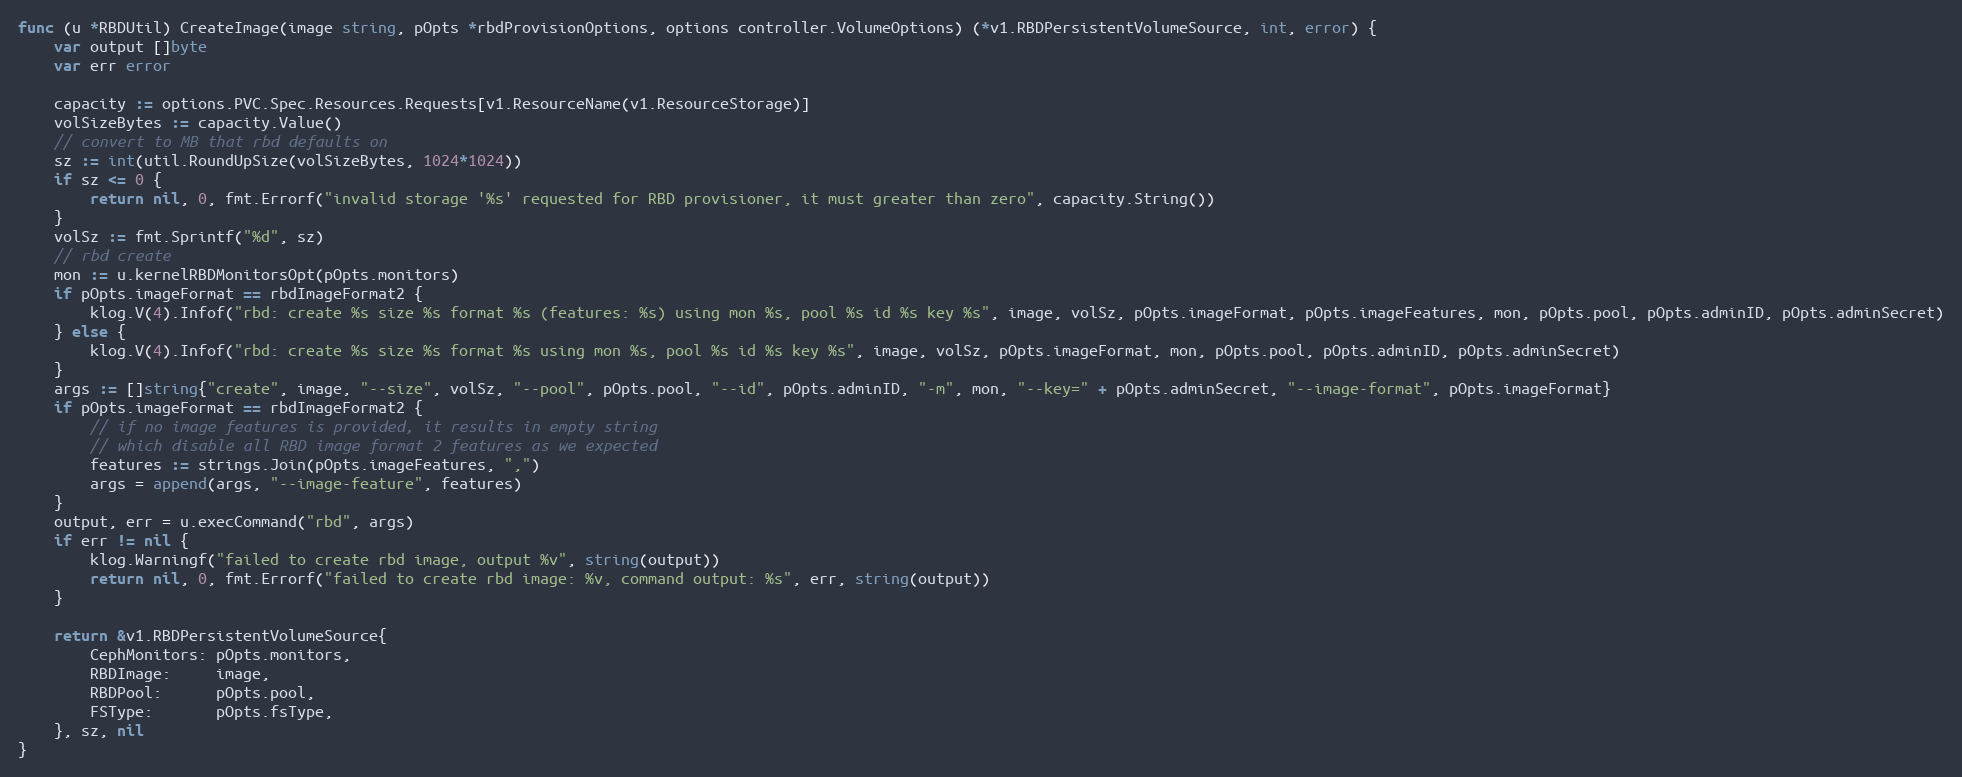
Language: Go
func (u *RBDUtil) CreateImage(image string, pOpts *rbdProvisionOptions, options controller.VolumeOptions) (*v1.RBDPersistentVolumeSource, int, error) {
	var output []byte
	var err error

	capacity := options.PVC.Spec.Resources.Requests[v1.ResourceName(v1.ResourceStorage)]
	volSizeBytes := capacity.Value()
	// convert to MB that rbd defaults on
	sz := int(util.RoundUpSize(volSizeBytes, 1024*1024))
	if sz <= 0 {
		return nil, 0, fmt.Errorf("invalid storage '%s' requested for RBD provisioner, it must greater than zero", capacity.String())
	}
	volSz := fmt.Sprintf("%d", sz)
	// rbd create
	mon := u.kernelRBDMonitorsOpt(pOpts.monitors)
	if pOpts.imageFormat == rbdImageFormat2 {
		klog.V(4).Infof("rbd: create %s size %s format %s (features: %s) using mon %s, pool %s id %s key %s", image, volSz, pOpts.imageFormat, pOpts.imageFeatures, mon, pOpts.pool, pOpts.adminID, pOpts.adminSecret)
	} else {
		klog.V(4).Infof("rbd: create %s size %s format %s using mon %s, pool %s id %s key %s", image, volSz, pOpts.imageFormat, mon, pOpts.pool, pOpts.adminID, pOpts.adminSecret)
	}
	args := []string{"create", image, "--size", volSz, "--pool", pOpts.pool, "--id", pOpts.adminID, "-m", mon, "--key=" + pOpts.adminSecret, "--image-format", pOpts.imageFormat}
	if pOpts.imageFormat == rbdImageFormat2 {
		// if no image features is provided, it results in empty string
		// which disable all RBD image format 2 features as we expected
		features := strings.Join(pOpts.imageFeatures, ",")
		args = append(args, "--image-feature", features)
	}
	output, err = u.execCommand("rbd", args)
	if err != nil {
		klog.Warningf("failed to create rbd image, output %v", string(output))
		return nil, 0, fmt.Errorf("failed to create rbd image: %v, command output: %s", err, string(output))
	}

	return &v1.RBDPersistentVolumeSource{
		CephMonitors: pOpts.monitors,
		RBDImage:     image,
		RBDPool:      pOpts.pool,
		FSType:       pOpts.fsType,
	}, sz, nil
}